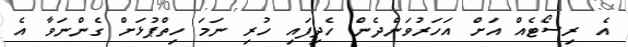
އެ ރިސޯޓެއް އަށް އަހަރުވަންދެން ހެދިފައި ހުރި ނަމަ ހިތްޕުޅަށް ގެންނަވާ އެ